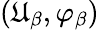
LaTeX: (\mathfrak{U}_{\beta},\varphi_{\beta})